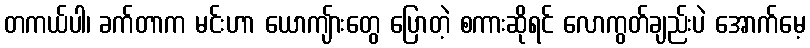
တကယ်ပါ၊ ခက်တာက မင်းဟာ ယောကျ်ားတွေ ပြောတဲ့ စကားဆိုရင် လောကွတ်ချည်းပဲ အောက်မေ့